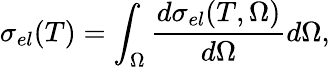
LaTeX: \sigma_{el}(T)=\int_{\Omega}\frac{d\sigma_{el}(T,\Omega)}{d\Omega}d\Omega,